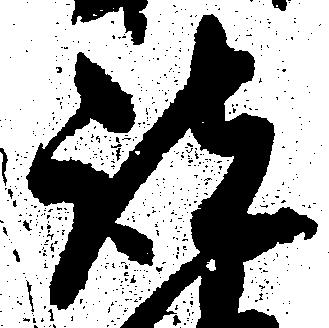
諸